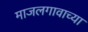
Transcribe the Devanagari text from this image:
माजलगावाच्या